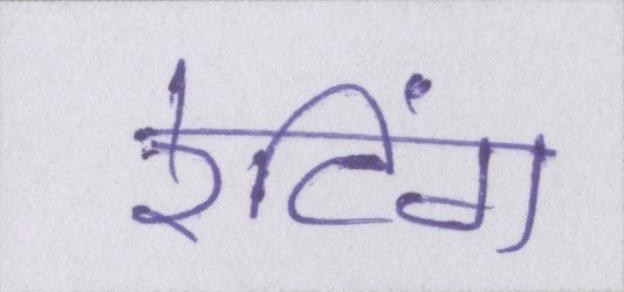
रेटिंग